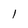
Character: 1